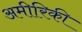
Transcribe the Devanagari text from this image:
अमीरिकी